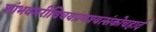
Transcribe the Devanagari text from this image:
शांभवमरीचिचयप्रणश्यत्संकोचहार्द